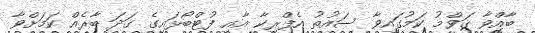
ބާއްވާ ޤަވްމު ކަމުގައިވާ ސައުތު އެފްރިކާ އާއި ފުޓްބޯޅައިގެ ގަދަ ބާރެއް ކަމަށްވާ